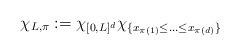
LaTeX: \begin{align*}\chi_{L,\pi}:=\chi_{[0,L]^d}\chi_{\{x_{\pi(1)}\leq...\leq x_{\pi(d)}\}}\end{align*}